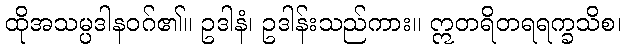
ထိုအသမ္ပဒါနဝဂ်၏။ ဥဒါနံ၊ ဥဒါန်းသည်ကား။ ဣတရိတရရက္ခသိစ၊